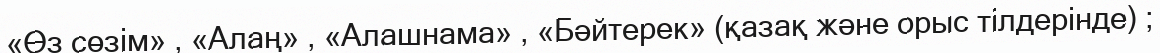
«Өз сөзім» , «Алаң» , «Алашнама» , «Бәйтерек» (қазақ және орыс тілдерінде) ;